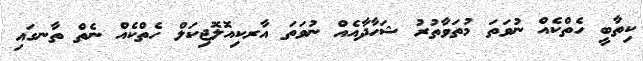
ކިތާބީ ހެތްކެއް ނުވަތަ މުތަވާތުރު ޝަހާދާއެއް ނުވަތަ އާރކިއޮލޮޖިކަލް ހެތްކެއް ނެތް ތާނގައި